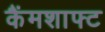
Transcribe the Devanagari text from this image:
कैंमशाफ्ट